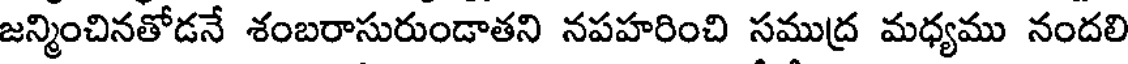
జన్మించినతోడనే శంబరాసురుండాతని నపహరించి సముద్ర మధ్యము నందలి